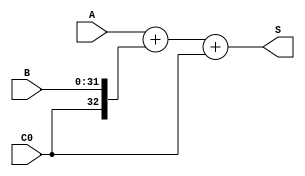
`timescale 1ns / 1ps
//////////////////////////////////////////////////////////////////////////////////
// Company: 
// Engineer: 
// 
// Design Name: 
// Module Name:    add_32 
// Project Name: 
// Target Devices: 
// Tool versions: 
// Description: 
//
// Dependencies: 
//
// Revision: 
// Revision 0.01 - File Created
// Additional Comments: 
//
//////////////////////////////////////////////////////////////////////////////////
module ADC32(input [31:0] A, 			//32ALUslt
				 input [31:0] B, 
				 input C0,		//
				 output [32:0] S	//

				  );
				  

	//wire B_Notation = C0 ^ 1'b0;	  //C01

	assign S = {1'b0,A} + {C0,B} + C0;
endmodule